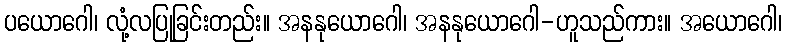
ပယောဂေါ၊ လုံ့လပြုခြင်းတည်း။ အနနုယောဂေါ၊ အနနုယောဂေါ-ဟူသည်ကား။ အယောဂေါ၊